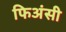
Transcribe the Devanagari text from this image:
फिअंसी